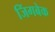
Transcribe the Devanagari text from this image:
जिंगबेक